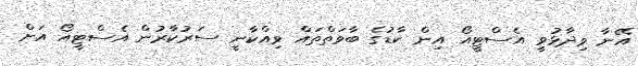
އޭނާ ވިދާޅުވީ އެސްޓީއޯ އިން ކާޑުގެ ބާވަތްތައް ވިއްކާނީ ސަރުކާރުން އެސްޓީއޯ އަށް